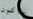
ساكون